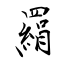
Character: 羂